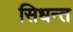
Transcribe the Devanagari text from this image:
सिधन्त